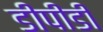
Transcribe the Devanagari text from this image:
डीपीडी